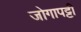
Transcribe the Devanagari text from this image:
जोगापट्टी